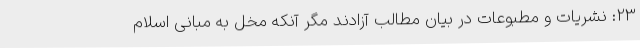
23: نشریات و مطبوعات در بیان مطالب آزادند مگر آنکه مخل به مبانی اسلام